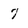
Character: 7